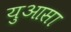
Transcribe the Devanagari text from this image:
युआसा